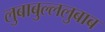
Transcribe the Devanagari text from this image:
लुबाबुल्ललुबाब